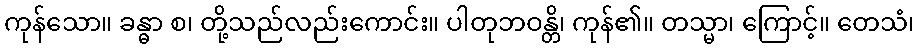
ကုန်သော။ ခန္ဓာ စ၊ တို့သည်လည်းကောင်း။ ပါတုဘဝန္တိ၊ ကုန်၏။ တသ္မာ၊ ကြောင့်။ တေသံ၊